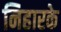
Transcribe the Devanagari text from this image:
निहारके